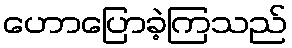
ဟောပြောခဲ့ကြသည်